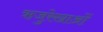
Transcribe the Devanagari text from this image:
ऋजुरेखाओं